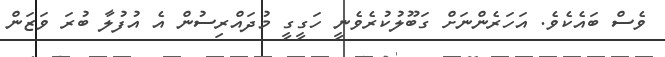
ވެސް ބައެކެވެ. އަހަރެންނަށް ގަބޫލުކުރެވެނީ ހަގީގީ މުދައްރިސުން އެ އުފުލާ ބުރަ ވަޒަން